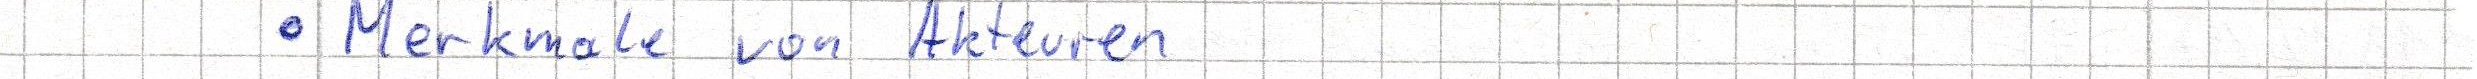
- Merkmale von Akteuren